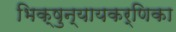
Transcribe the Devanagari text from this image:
भिक्षुन्यायकर्णिका